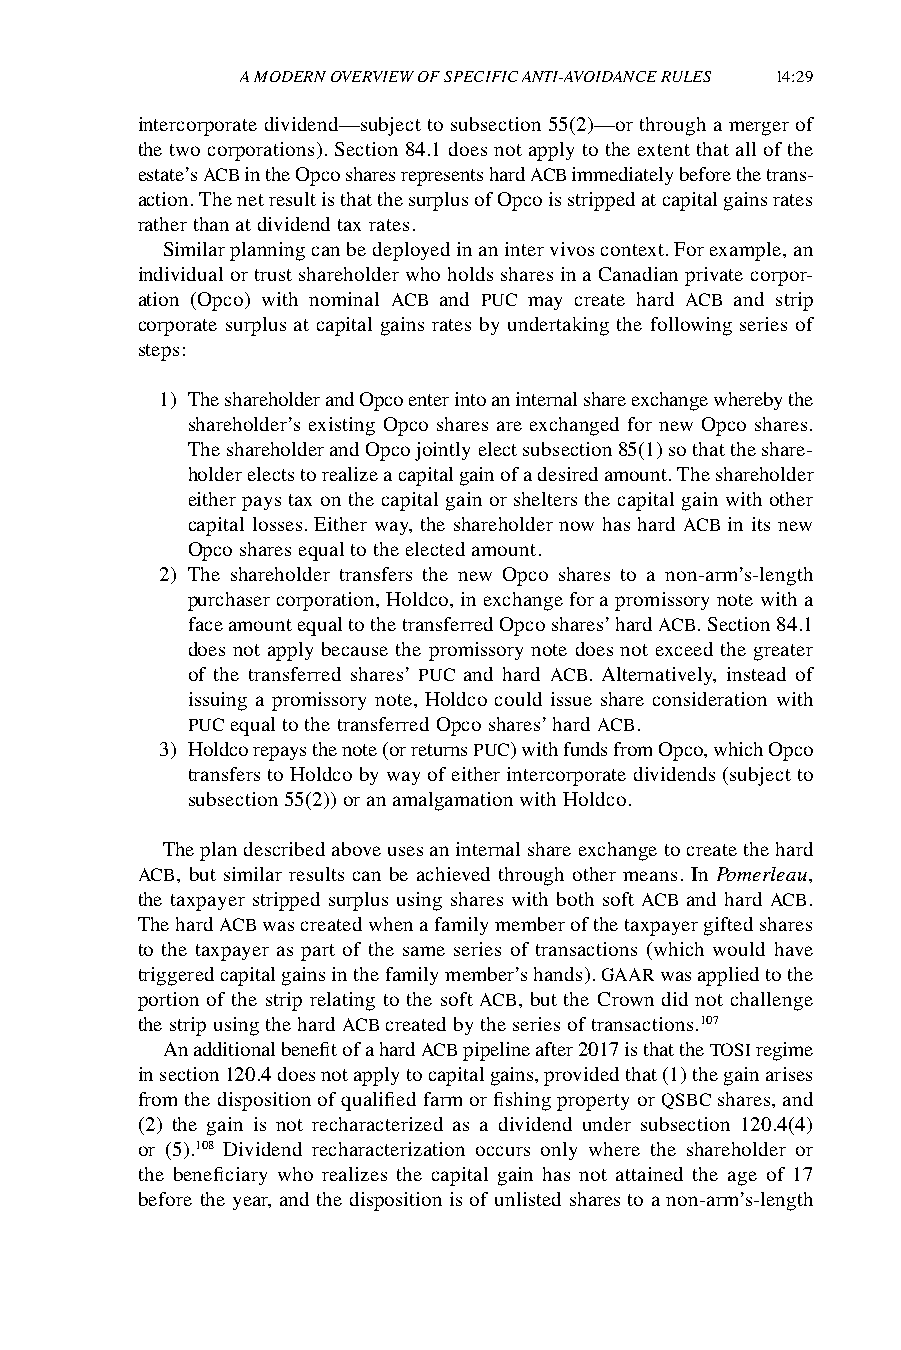
A MODERN OVERVIEW OF SPECIFIC ANTI-AVOIDANCE RULES 14:29
 intercorporate dividend—subject to subsection 55(2)—or through a merger of
 the two corporations). Section 84.1 does not apply to the extent that all of the
 estate’s ACB in the Opco shares represents hard ACB immediately before the trans-
 action. The net result is that the surplus of Opco is stripped at capital gains rates
 rather than at dividend tax rates.
 Similar planning can be deployed in an inter vivos context. For example, an
 individual or trust shareholder who holds shares in a Canadian private corpor-
 ation (Opco) with nominal ACB and PUC may create hard ACB and strip
 corporate surplus at capital gains rates by undertaking the following series of
 steps:
 1) The shareholder and Opco enter into an internal share exchange whereby the
 shareholder’s existing Opco shares are exchanged for new Opco shares.
 The shareholder and Opco jointly elect subsection 85(1) so that the share-
 holder elects to realize a capital gain of a desired amount. The shareholder
 either pays tax on the capital gain or shelters the capital gain with other
 capital losses. Either way, the shareholder now has hard ACB in its new
 Opco shares equal to the elected amount.
 2) The shareholder transfers the new Opco shares to a non-arm’s-length
 purchaser corporation, Holdco, in exchange for a promissory note with a
 face amount equal to the transferred Opco shares’ hard ACB. Section 84.1
 does not apply because the promissory note does not exceed the greater
 of the transferred shares’ PUC and hard ACB. Alternatively, instead of
 issuing a promissory note, Holdco could issue share consideration with
 PUC equal to the transferred Opco shares’ hard ACB.
 3) Holdco repays the note (or returns PUC) with funds from Opco, which Opco
 transfers to Holdco by way of either intercorporate dividends (subject to
 subsection 55(2)) or an amalgamation with Holdco.
 The plan described above uses an internal share exchange to create the hard
 ACB, but similar results can be achieved through other means. In Pomerleau,
 the taxpayer stripped surplus using shares with both soft ACB and hard ACB.
 The hard ACB was created when a family member of the taxpayer gifted shares
 to the taxpayer as part of the same series of transactions (which would have
 triggered capital gains in the family member’s hands). GAAR was applied to the
 portion of the strip relating to the soft ACB, but the Crown did not challenge
 the strip using the hard ACB created by the series of transactions.107
 An additional benefit of a hard ACB pipeline after 2017 is that the TOSI regime
 in section 120.4 does not apply to capital gains, provided that (1) the gain arises
 from the disposition of qualified farm or fishing property or QSBC shares, and
 (2) the gain is not recharacterized as a dividend under subsection 120.4(4)
 or (5).108 Dividend recharacterization occurs only where the shareholder or
 the beneficiary who realizes the capital gain has not attained the age of 17
 before the year, and the disposition is of unlisted shares to a non-arm’s-length